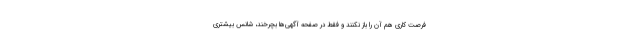
فرصت کاری هم آن را باز نکنند و فقط در صفحه آگهی‌ها بچرخند، شانس بیشتری